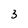
Character: 3